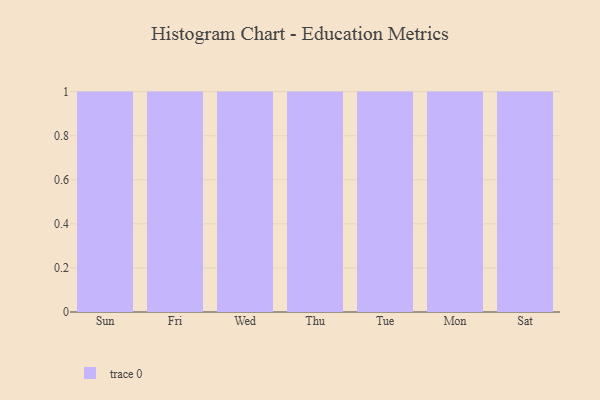
{"axis": {"x": "Day", "y": "Net Income (USD K)"}, "legend": [""], "data": [{"x": "Sun", "y": 99, "type": ""}, {"x": "Fri", "y": 33, "type": ""}, {"x": "Wed", "y": 44, "type": ""}, {"x": "Thu", "y": 45, "type": ""}, {"x": "Tue", "y": 25, "type": ""}, {"x": "Mon", "y": 48, "type": ""}, {"x": "Sat", "y": 90, "type": ""}]}